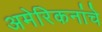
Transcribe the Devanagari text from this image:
अमेरिकनांचे